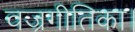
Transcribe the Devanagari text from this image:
वज्रगीतिका।